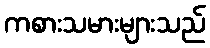
ကစားသမားများသည်